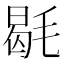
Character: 毼